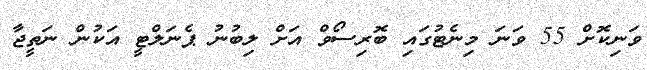
ވަނިކޮށް 55 ވަނަ މިނެޓުގައި ބޮރިސޯވް އަށް ލިބުނު ޕެނަލްޓީ އަކުން ނަތީޖާ